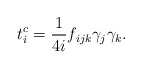
\begin{align*}t_{i}^c=\frac{1}{4i}f_{ijk}{{\gamma}}_{j}{{\gamma}}_{k}.\end{align*}